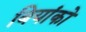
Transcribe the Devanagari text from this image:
बियांको